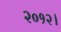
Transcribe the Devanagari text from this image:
२०१२।